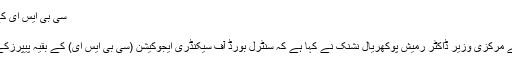
سی بی ایس ای کے باقی امتحانات لاک ڈاؤن کے بعد ہوں گے:نشنک.
Mon 27 Apr 2020, 18:09:50
نئی دہلی،27اپریل(یو این آئی)فروغ انسانی وسائل کے مرکزی وزیر ڈاکٹر رمیش پوکھریال نشنک نے کہا ہے کہ سنٹرل بورڈ آف سیکنڈری ایجوکیشن (سی بی ایس ای) کے بقیہ پیپرزکے لئے امتحان لاک ڈاؤن ختم ہونے کے بعد ہی ہو گا۔